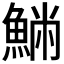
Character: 𩸁